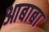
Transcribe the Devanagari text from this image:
आबाबा